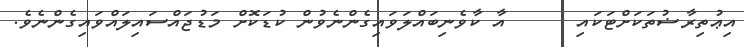
އިޢުތިރާޟުތަކަށްޓަކައި      އާ ކާވެނިބައްލަވައިގެންނެވުން ކުޑަކޮށް މަޑުޖައްސައިލައްވައިގެންނެވެ.